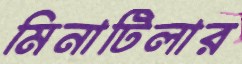
মিনাটিলার